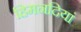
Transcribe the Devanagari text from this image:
हिमनदियां